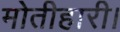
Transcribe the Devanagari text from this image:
मोतीहारी।